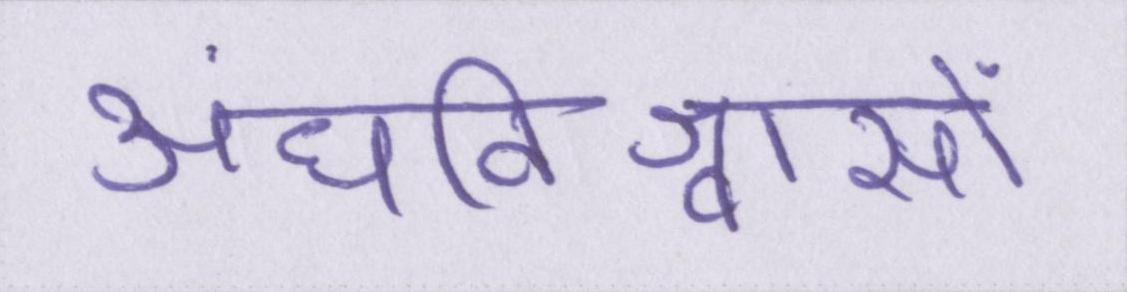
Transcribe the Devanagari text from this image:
अंधविश्वासों